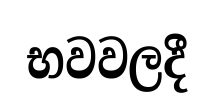
භවවලදී